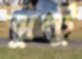
ঝুন্টু